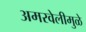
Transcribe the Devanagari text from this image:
अमरवेलीमुळे